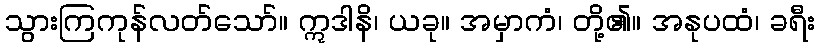
သွားကြကုန်လတ်သော်။ ဣဒါနိ၊ ယခု။ အမှာကံ၊ တို့၏။ အနုပထံ၊ ခရီး